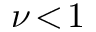
\nu \! < \! 1